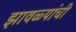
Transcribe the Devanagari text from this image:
झावळ्यांची